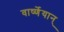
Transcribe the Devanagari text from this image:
वार्ष्णेयान्‌